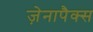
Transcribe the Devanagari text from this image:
ज़ेनापैक्स